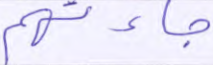
جاءتهم